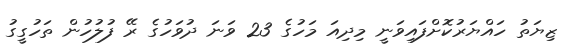
ޒިޔަތު ހައްޔަރުކޮށްފައިވަނީ މިދިއަ މަހުގެ 23 ވަނަ ދުވަހުގެ ރޭ ފުލުހުން ތަހުގީގު